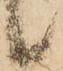
候